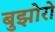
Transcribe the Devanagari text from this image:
बुझोरो